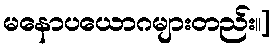
မနောပယောဂများတည်း။]